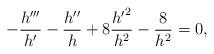
LaTeX: \begin{align*}-\frac{h^{\prime\prime\prime}}{h^{\prime}}-\frac{h^{\prime\prime}}{h}+8\frac{ { h^{\prime}}^2} {h^2}-\frac{8}{h^2}=0,\end{align*}